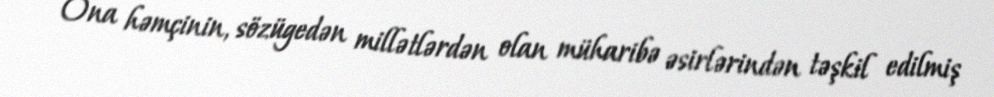
Ona həmçinin, sözügedən millətlərdən olan müharibə əsirlərindən təşkil edilmiş